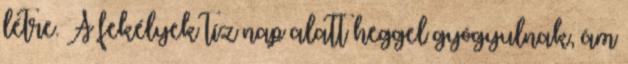
létre. A fekélyek tíz nap alatt heggel gyógyulnak, ám